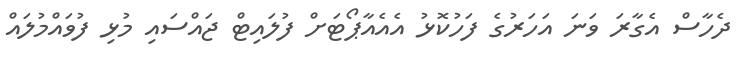
ދެހާސް އެގާރަ ވަނަ އަހަރުގެ ފަހުކޮޅު އެއެއާޕޯޓަށް ފުލައިޓް ޖައްސައި މުޅި ފުވައްމުލައް